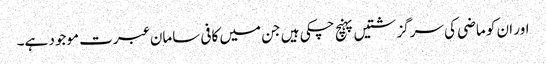
اور ان کو ماضی کی سرگزشتیں پہنچ چکی ہیں جن میں کافی سامان عبرت موجود ہے۔